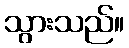
သွားသည်။